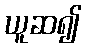
ယူဆ၍